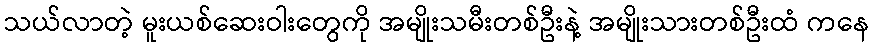
သယ်လာတဲ့ မူးယစ်ဆေးဝါးတွေကို အမျိုးသမီးတစ်ဦးနဲ့ အမျိုးသားတစ်ဦးထံ ကနေ